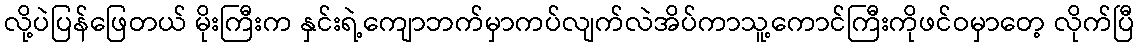
လို့ပဲပြန်ဖြေတယ် မိုးကြီးက နှင်းရဲ့ကျောဘက်မှာကပ်လျက်လဲအိပ်ကာသူ့ကောင်ကြီးကိုဖင်ဝမှာတေ့ လိုက်ပြီ